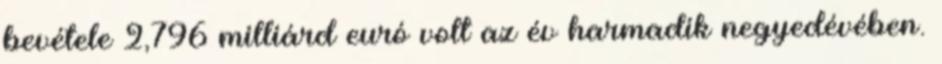
bevétele 2,796 milliárd euró volt az év harmadik negyedévében.